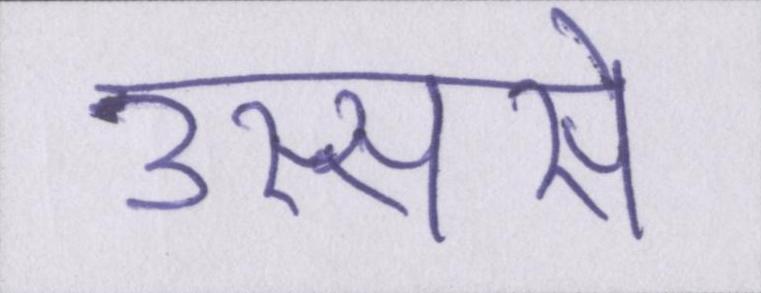
उस्ससे